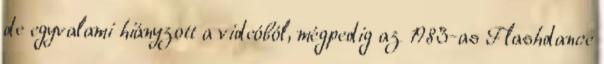
de egyvalami hiányzott a videóból, mégpedig az 1983-as Flashdance